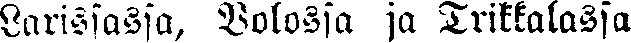
Larissassa, Volossa ja Trikkalassa